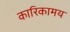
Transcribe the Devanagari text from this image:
कारिकामय